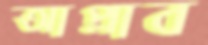
আপ্লাব